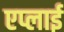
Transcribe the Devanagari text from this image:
एप्लाई